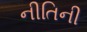
નીતિની